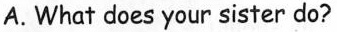
A. What does your sister do?